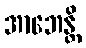
အာဘေန္တိ